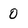
Character: 0